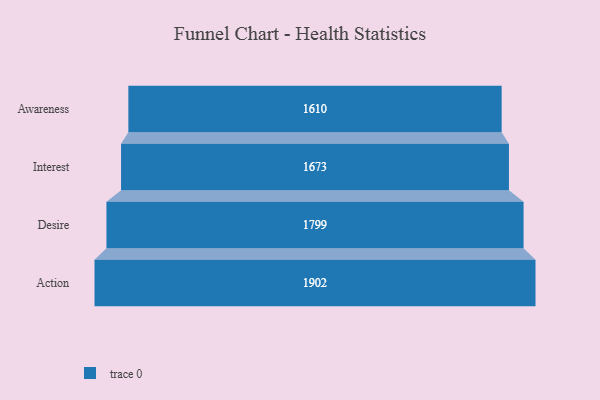
{"axis": {"x": "Stage", "y": "Value"}, "legend": [""], "data": [{"x": "Awareness", "y": 1610.0, "type": ""}, {"x": "Interest", "y": 1673.0, "type": ""}, {"x": "Desire", "y": 1799.0, "type": ""}, {"x": "Action", "y": 1902.0, "type": ""}]}